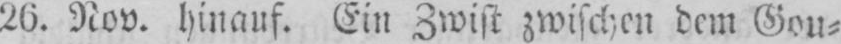
26. Nov. hinaus. Ein Zwist zwischen dem Gou⸗